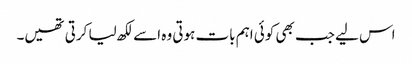
اس لیے جب بھی کوئی اہم بات ہوتی وہ اسے لکھ لیا کرتی تھیں۔